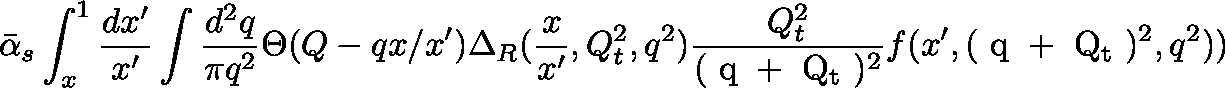
\bar { \alpha } _ { s } \int _ { x } ^ { 1 } { \frac { d x ^ { \prime } } { x ^ { \prime } } } \int { \frac { d ^ { 2 } q } { \pi q ^ { 2 } } } \Theta ( Q - q x / x ^ { \prime } ) \Delta _ { R } ( { \frac { x } { x ^ { \prime } } } , Q _ { t } ^ { 2 } , q ^ { 2 } ) { \frac { Q _ { t } ^ { 2 } } { ( \mathrm { \boldmath ~ q ~ } + \mathrm { \boldmath ~ Q _ { t } ~ } ) ^ { 2 } } } f ( x ^ { \prime } , ( \mathrm { \boldmath ~ q ~ } + \mathrm { \boldmath ~ Q _ { t } ~ } ) ^ { 2 } , q ^ { 2 } ) )